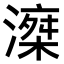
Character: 𣽘